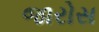
જારોસ